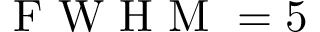
\mathrm { ~ F ~ W ~ H ~ M ~ } = 5